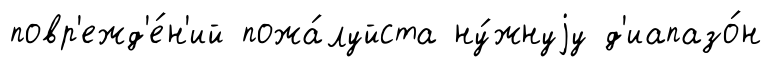
повр'ежд'е́н'ий пожа́луйста ну́жнуjу д'иапазо́н